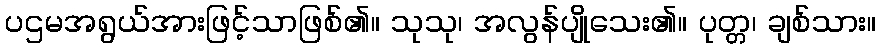
ပဌမအရွယ်အားဖြင့်သာဖြစ်၏။ သုသု၊ အလွန်ပျိုသေး၏။ ပုတ္တ၊ ချစ်သား။